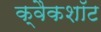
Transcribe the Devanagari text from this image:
क्वैकशॉट